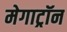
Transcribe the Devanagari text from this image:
मेगाट्रॉन